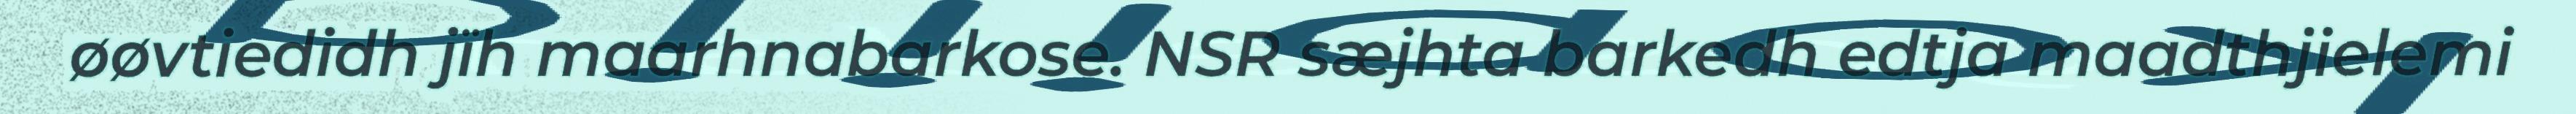
øøvtiedidh jïh maarhnabarkose. NSR sæjhta barkedh edtja maadthjielemi